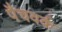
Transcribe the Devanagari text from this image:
पैचवर्क